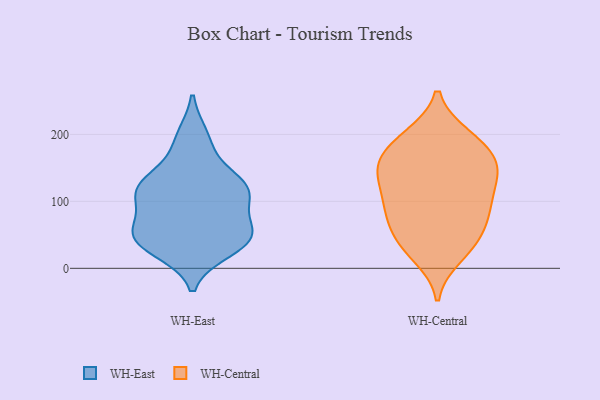
{"axis": {"x": "Inventory Turnover", "y": "Value"}, "legend": ["WH-Central", "WH-East"], "data": [{"x": "", "y": 36, "type": "WH-East"}, {"x": "", "y": 65, "type": "WH-East"}, {"x": "", "y": 187, "type": "WH-East"}, {"x": "", "y": 51, "type": "WH-East"}, {"x": "", "y": 196, "type": "WH-East"}, {"x": "", "y": 112, "type": "WH-East"}, {"x": "", "y": 117, "type": "WH-East"}, {"x": "", "y": 134, "type": "WH-East"}, {"x": "", "y": 42, "type": "WH-East"}, {"x": "", "y": 28, "type": "WH-East"}, {"x": "", "y": 52, "type": "WH-East"}, {"x": "", "y": 44, "type": "WH-East"}, {"x": "", "y": 124, "type": "WH-East"}, {"x": "", "y": 115, "type": "WH-East"}, {"x": "", "y": 114, "type": "WH-East"}, {"x": "", "y": 55, "type": "WH-East"}, {"x": "", "y": 115, "type": "WH-East"}, {"x": "", "y": 134, "type": "WH-Central"}, {"x": "", "y": 100, "type": "WH-Central"}, {"x": "", "y": 193, "type": "WH-Central"}, {"x": "", "y": 144, "type": "WH-Central"}, {"x": "", "y": 82, "type": "WH-Central"}, {"x": "", "y": 150, "type": "WH-Central"}, {"x": "", "y": 191, "type": "WH-Central"}, {"x": "", "y": 35, "type": "WH-Central"}, {"x": "", "y": 128, "type": "WH-Central"}, {"x": "", "y": 79, "type": "WH-Central"}, {"x": "", "y": 197, "type": "WH-Central"}, {"x": "", "y": 171, "type": "WH-Central"}, {"x": "", "y": 95, "type": "WH-Central"}, {"x": "", "y": 161, "type": "WH-Central"}, {"x": "", "y": 79, "type": "WH-Central"}, {"x": "", "y": 19, "type": "WH-Central"}, {"x": "", "y": 147, "type": "WH-Central"}, {"x": "", "y": 40, "type": "WH-Central"}, {"x": "", "y": 42, "type": "WH-Central"}]}